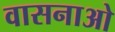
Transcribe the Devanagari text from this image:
वासनाओ